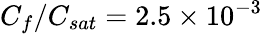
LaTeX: C_{f}/C_{sat}=2.5\times 10^{-3}